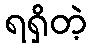
ရရှိတဲ့